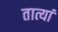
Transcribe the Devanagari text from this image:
तात्यां